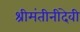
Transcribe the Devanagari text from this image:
श्रीमंतीनीदेवी